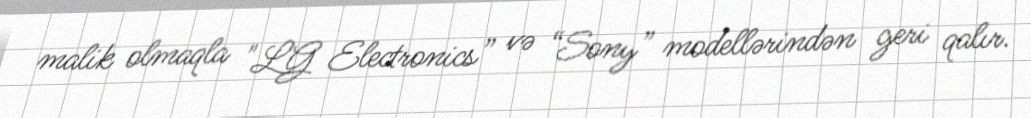
malik olmaqla "LG Electronics” və “Sony” modellərindən geri qalır.